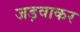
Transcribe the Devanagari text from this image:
जड़वाकर